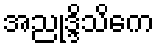
အညုဒ္ဒိသိကေ